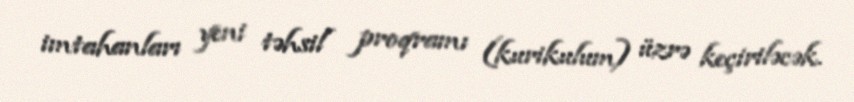
imtahanları yeni təhsil proqramı (kurikulum) üzrə keçiriləcək.